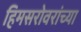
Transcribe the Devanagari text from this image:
हिमसरोवरांच्या